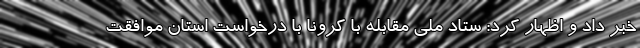
خبر داد و اظهار کرد: ستاد ملی مقابله با کرونا با درخواست استان موافقت